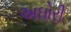
અઘોરી